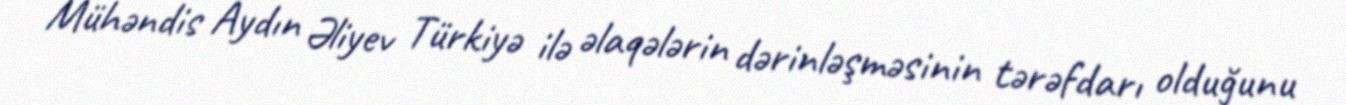
Mühəndis Aydın Əliyev Türkiyə ilə əlaqələrin dərinləşməsinin tərəfdarı olduğunu